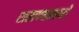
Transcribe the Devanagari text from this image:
राखण्यामध्ये